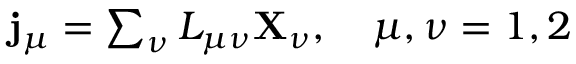
\begin{array} { r } { \mathbf j _ { \mu } = \sum _ { \nu } L _ { \mu \nu } \mathbf X _ { \nu } , \quad \mu , \nu = 1 , 2 } \end{array}